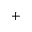
+